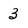
Character: 3